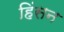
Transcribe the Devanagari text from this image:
हिंसन